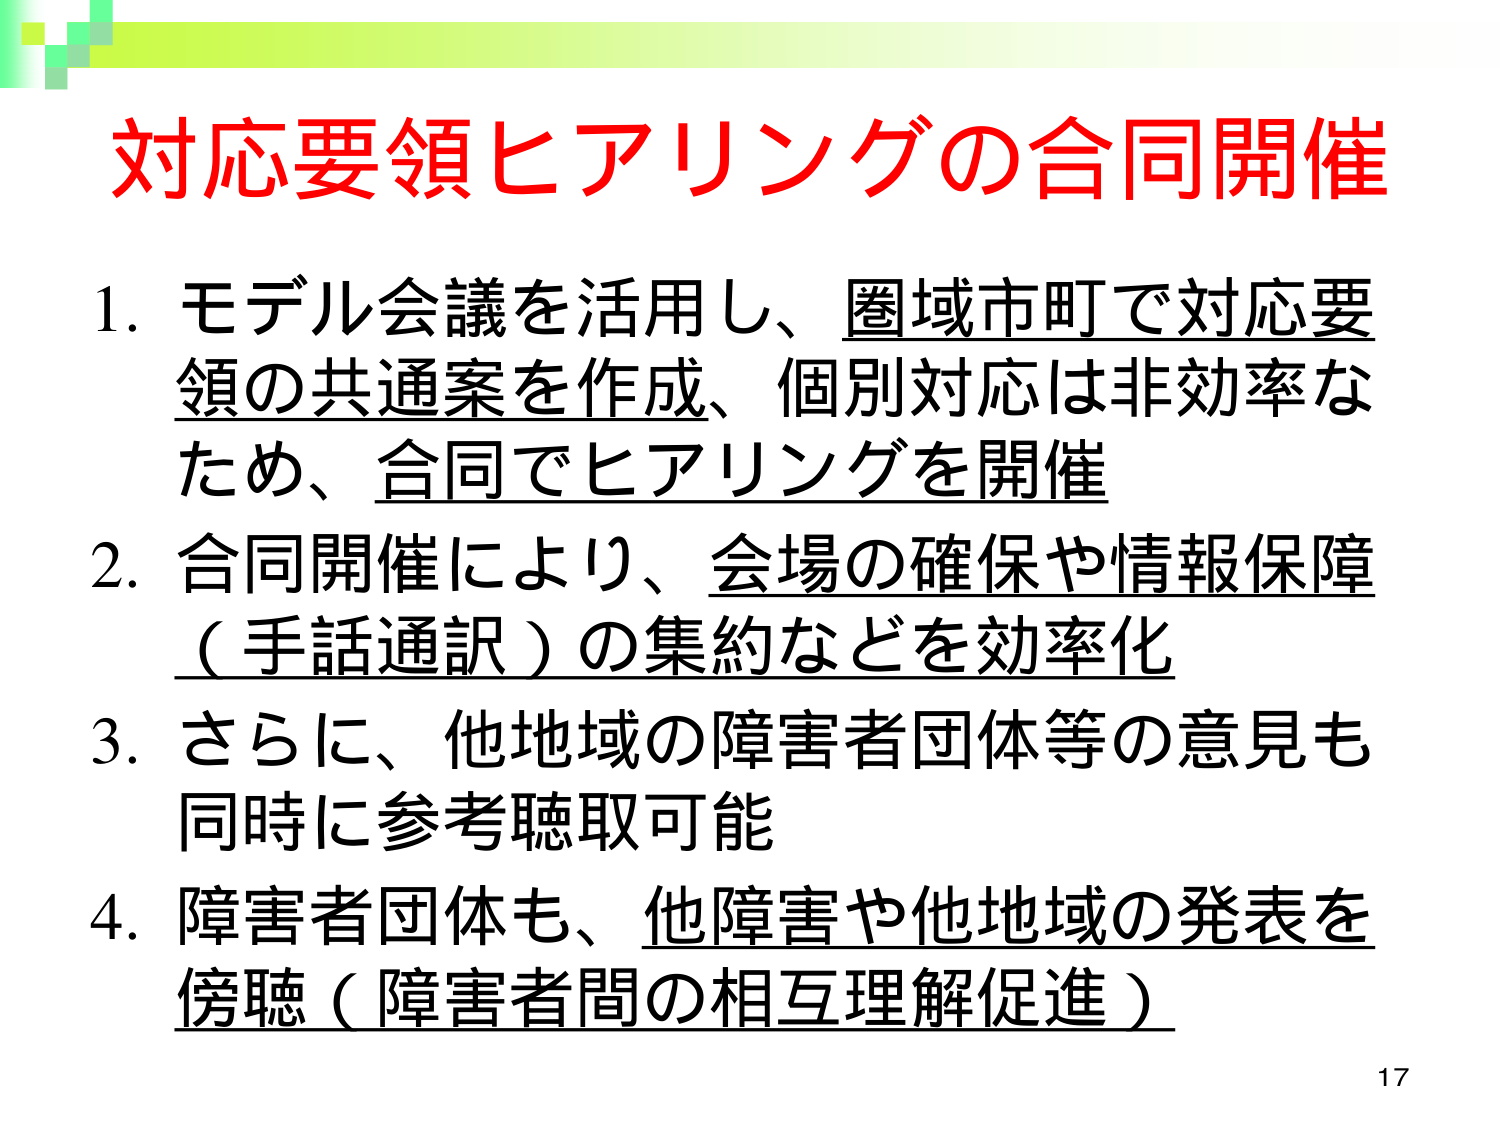
対応要領ヒアリングの合同開催

1. モデル会議を活用し、圏域市町で対応要領の共通案を作成、個別対応は非効率なため、合同でヒアリングを開催

2. 合同開催により、会場の確保や情報保障（手話通訳）の集約などを効率化

3. さらに、他地域の障害者団体等の意見も同時に参考聴取可能

4. 障害者団体も、他障害や他地域の発表を傍聴（障害者間の相互理解促進）

17